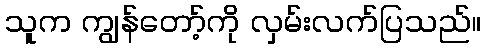
သူက ကျွန်တော့်ကို လှမ်းလက်ပြသည်။